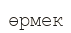
өрмек